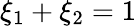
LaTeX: \xi_{1}+\xi_{2}=1